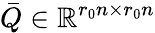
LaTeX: \bar{Q}\in\mathbb{R}^{r_{0}n\times r_{0}n}